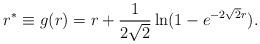
LaTeX: \begin{align*}r^* \equiv g(r) = r + {1 \over 2 \sqrt 2} \ln (1 - e^{- 2 \sqrt 2 r}).\end{align*}